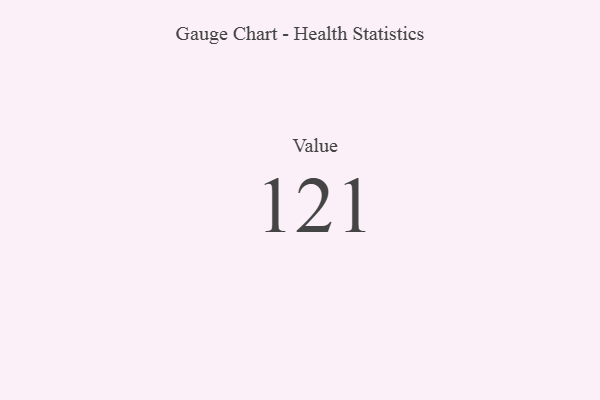
{"axis": {"x": "Metric", "y": "Value"}, "legend": [""], "data": [{"x": "Value", "y": 121, "type": ""}]}